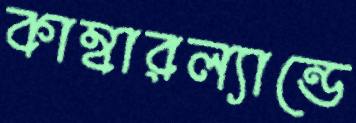
কাম্বারল্যান্ডে